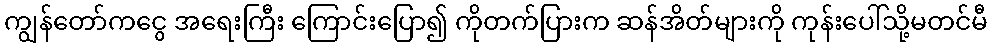
ကျွန်တော်ကငွေ အရေးကြီး ကြောင်းပြော၍ ကိုတက်ပြားက ဆန်အိတ်များကို ကုန်းပေါ်သို့မတင်မီ